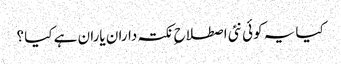
کیا یہ کوئی نئی اصطلاح ِ نکتہ داران یاران ہے کیا ؟